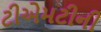
ટીએમટીની